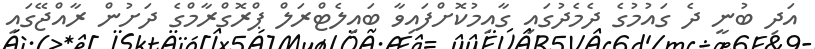
އަދި ބުނީ ދެ ގައުމުގެ ދެމެދުގައި ގާއިމުކޮށްފައިވާ ބައިލެޓްރަލް ޕްރޮގްރާމްގެ ދަށުން ރާއްޖޭގައި